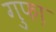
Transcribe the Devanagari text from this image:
गुफा़